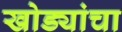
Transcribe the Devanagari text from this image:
खोड्यांचा